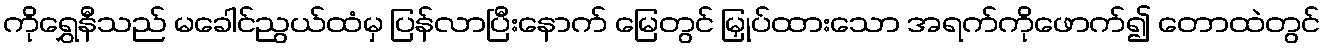
ကိုရွှေနီသည် မခေါင်ညွယ်ထံမှ ပြန်လာပြီးနောက် မြေတွင် မြှုပ်ထားသော အရက်ကိုဖောက်၍ တောထဲတွင်